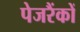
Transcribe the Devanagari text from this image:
पेजरैंकों